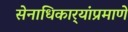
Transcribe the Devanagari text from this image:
सेनाधिकार्‍यांप्रमाणे